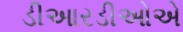
ડીઆરડીઓએ